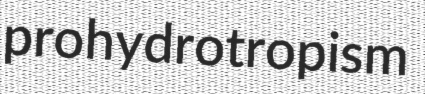
prohydrotropism